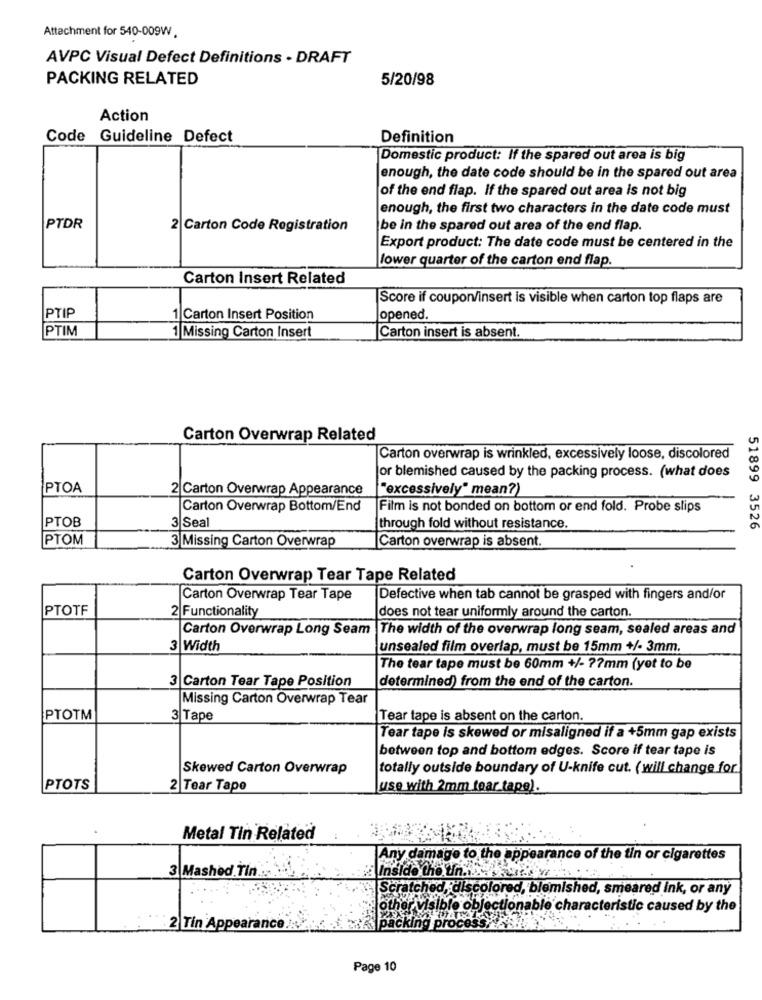
Attachment for 540-009W .
AVPC Visual Defect Definitions · DRAFT
PACKING RELATED
5/20/98
Action
Code Guideline Defect
Definition
Domestic product: If the spared out area is big
enough, the date code should be in the spared out area
of the end flap. If the spared out area is not big
enough, the first two characters in the date code must
PTDR
2 Carton Code Registration
be in the spared out area of the end flap.
Export product: The date code must be centered in the
lower quarter of the carton end flap.
Carton Insert Related
Score if coupon/insert is visible when carton top flaps are
PTIP
1 Carton Insert Position
opened.
PTIM
1 Missing Carton Insert
Carton insert is absent.
Carton Overwrap Related
Carton overwrap is wrinkled, excessively loose, discolored
or blemished caused by the packing process. (what does
PTOA
2 Carton Overwrap Appearance
"excessively" mean?)
Carton Overwrap Bottom/End
Film is not bonded on bottom or end fold. Probe slips
PTOB
3 Seal
through fold without resistance.
51899 3526
PTOM
Carton overwrap is absent.
3 Missing Carton Overwrap
Carton Overwrap Tear Tape Related
Carton Overwrap Tear Tape
Defective when tab cannot be grasped with fingers and/or
PTOTF
does not tear uniformly around the carton.
2 Functionality
Carton Overwrap Long Seam
The width of the overwrap long seam, sealed areas and
3 Width
unsealed film overlap, must be 15mm +/- 3mm.
The tear tape must be 60mm +/- 77mm (yet to be
3 Carton Tear Tape Position
determined) from the end of the carton.
Missing Carton Overwrap Tear
PTOTM
3 Tape
Tear tape is absent on the carton.
Tear tape is skewed or misaligned if a +5mm gap exists
between top and bottom edges. Score if tear tape is
Skewed Carton Overwrap
totally outside boundary of U-knife cut. ( will change for.
PTOTS
2 Tear Tape
use with 2mm tear tape).
Metal Tin Related
Any damage to the appearance of the tin or cigarettes
3 Mashed Tin
Inside the un ....
....
Scratched, discolored, blemished, smeared ink, or any
visible objectionable characteristic caused by the
2 Tin Appearance !:
Page 10